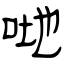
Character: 哋